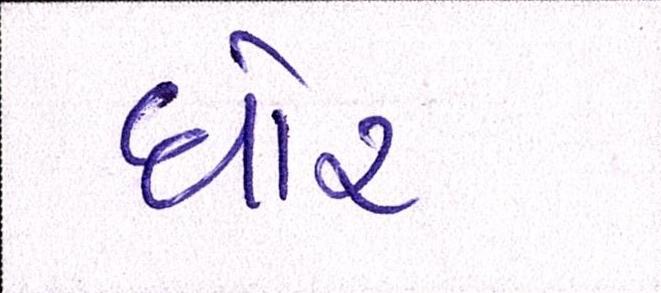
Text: ઘોર